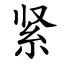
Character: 紧